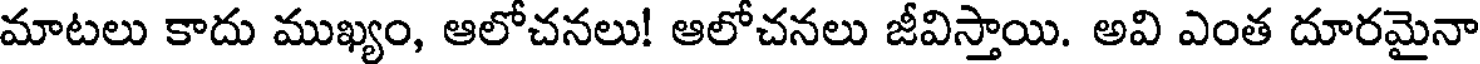
మాటలు కాదు ముఖ్యం, ఆలోచనలు! ఆలోచనలు జీవిస్తాయి. అవి ఎంత దూరమైనా